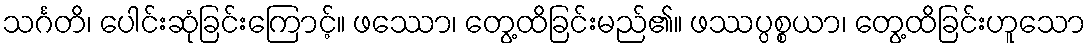
သင်္ဂတိ၊ ပေါင်းဆုံခြင်းကြောင့်။ ဖဿော၊ တွေ့ထိခြင်းမည်၏။ ဖဿပ္ပစ္စယာ၊ တွေ့ထိခြင်းဟူသော